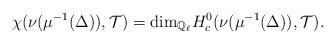
LaTeX: \begin{align*}\chi(\nu(\mu^{-1}(\Delta)), \mathcal{T}) = \mathrm{dim}_{\mathbb{Q}_\ell} H^0_c(\nu(\mu^{-1}(\Delta)),\mathcal{T}).\end{align*}